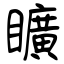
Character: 矌